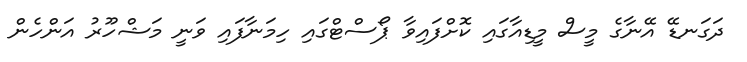
ދަގަނޑޭ އޭނާގެ މީސް މީޑިއާގައި ކޮށްފައިވާ ޕޯސްޓްގައި ހިމަނާފައި ވަނީ މަޝްހޫރު އަންހެން